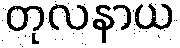
တုလနာယ